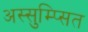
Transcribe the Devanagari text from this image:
अस्सुम्प्सित